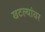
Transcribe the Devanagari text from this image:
खटल्यांवर